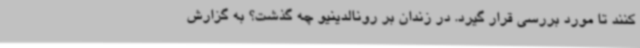
کنند تا مورد بررسی قرار گیرد. در زندان بر رونالدینیو چه گذشت؟ به گزارش